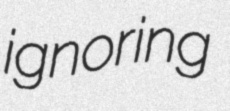
ignoring